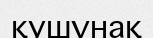
қушұнақ